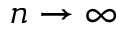
n \rightarrow \infty